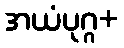
အယံပုဂ္ဂ+